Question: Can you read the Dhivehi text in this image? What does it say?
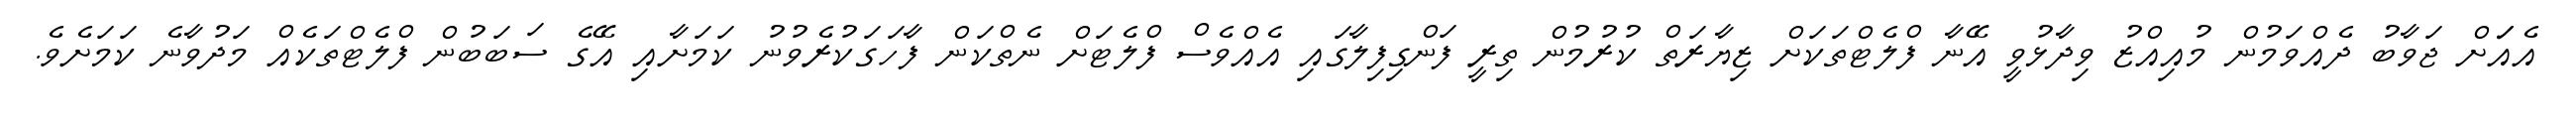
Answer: އެއަަށް ޖަވާބު ދެއްވަމުން މުއިއްޒު ވިދާޅުވީ އޭނާ ފްލެޓްތަކަށް ޒިޔާރަތް ކުރުމުން ތިރީ ފަންގިފިލާގައި އެއްވެސް ފްލެޓަށް ނެތްކަން ފާހަގަކުރެވުނު ކަމަށާއި އޭގެ ސަބަބުން ފްލެޓްތަކެއް މަދުވާނެ ކަމަށެވެ.